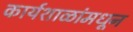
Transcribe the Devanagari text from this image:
कार्यशाळांमधून